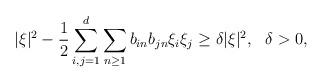
LaTeX: \begin{align*}|\xi|^2 -\frac{1}{2} \sum_{i,j=1}^d \sum_{n\geq 1} b_{in} b_{jn} \xi_i \xi_j\geq \delta |\xi|^2, \ \ \delta>0,\end{align*}